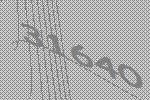
31640